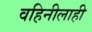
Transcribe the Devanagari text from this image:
वहिनीलाही